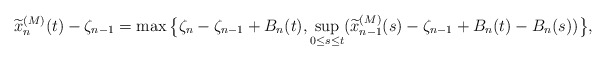
\begin{align*}\widetilde{x}_n^{(M)}(t)-\zeta_{n-1}= \max\big\{\zeta_n-\zeta_{n-1}+B_n(t),\sup_{0\leq s \leq t}(\widetilde{x}_{n-1}^{(M)}(s)-\zeta_{n-1}+B_n(t)-B_n(s))\big\},\end{align*}